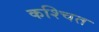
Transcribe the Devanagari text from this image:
कश्चित